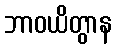
ဘာဝယိတွာန